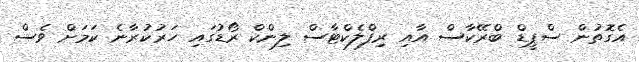
އެގޮތުން ސްޕީޑް ބްރޭކާސް އާއި ރިފްލެކްޓާސް ލިންކް ރޯޑުގައި ހަރުކުރާނެ ކަމަށް ވެސް